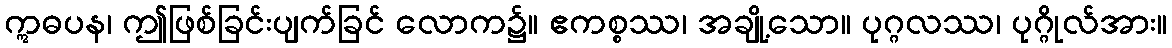
ဣဓပန၊ ဤဖြစ်ခြင်းပျက်ခြင် လောက၌။ ဧကစ္စဿ၊ အချို့သော။ ပုဂ္ဂလဿ၊ ပုဂ္ဂိုလ်အား။